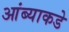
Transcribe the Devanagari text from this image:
आंब्याकडे